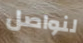
لنواصل